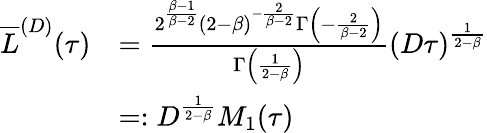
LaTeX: \begin{array}{rl}{\overline{{L}}^{(D)}(\tau)}&{=\frac{2^{\frac{\beta-1}{\beta-2}}(2-\beta)^{-\frac{2}{\beta-2}}\Gamma\left(-\frac{2}{\beta-2}\right)}{\Gamma\left(\frac{1}{2-\beta}\right)}(D\tau)^{\frac{1}{2-\beta}}}\\ &{=:D^{\frac{1}{2-\beta}}M_{1}(\tau)}\end{array}